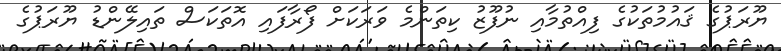
ޔޫރަޕުގެ ޤައުމުތަކުގެ ފިއްތުމާއިި ނުފޫޒު ކިތަންމެ ވަރަކަށް ފޯރާފައި އޮތަކަސް ތައިލޭންޑު ޔޫރަޕުގެ